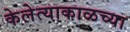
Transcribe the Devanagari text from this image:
केलेत्याकाळच्या